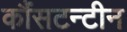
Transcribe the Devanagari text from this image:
कौंसटन्टीन